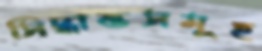
সিদ্ধান্তসমূহ